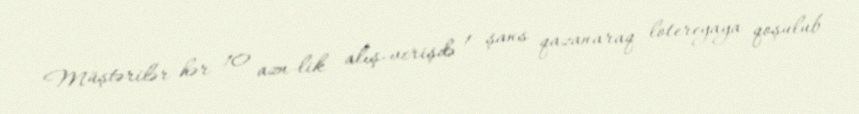
Müştərilər hər 10 azn-lik alış-verişdə 1 şans qazanaraq lotereyaya qoşulub